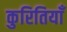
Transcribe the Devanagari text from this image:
कुरितियाँ